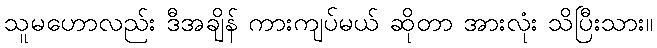
သူမဟောလည်း ဒီအချိန် ကားကျပ်မယ် ဆိုတာ အားလုံး သိပြီးသား။